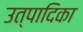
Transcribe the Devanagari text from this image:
उत्पादिका